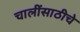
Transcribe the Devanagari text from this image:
चालींसाठीचे